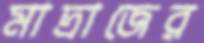
মাদ্রাজের